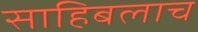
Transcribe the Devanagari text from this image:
साहिबलाच